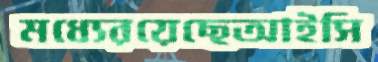
মধ্যেরয়েছেআইসি